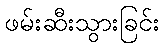
ဖမ်းဆီးသွားခြင်း